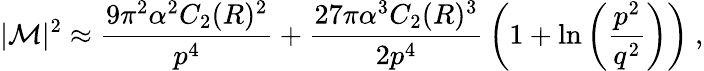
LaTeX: |{\cal M}|^{2}\approx{\frac{9\pi^{2}\alpha^{2}C_{2}(R)^{2}}{p^{4}}}+{\frac{27\pi\alpha^{3}C_{2}(R)^{3}}{2p^{4}}}\left(1+\ln\left({\frac{p^{2}}{q^{2}}}\right)\right)~,